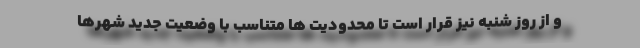
و از روز شنبه نیز قرار است تا محدودیت ها متناسب با وضعیت جدید شهرها